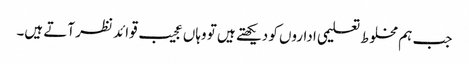
جب ہم مخلوط تعلیمی اداروں کو دیکھتے ہیں تو وہاں عجیب قوائد نظر آتے ہیں۔